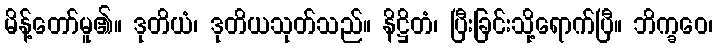
မိန့်တော်မူ၏။ ဒုတိယံ၊ ဒုတိယသုတ်သည်။ နိဋ္ဌိတံ၊ ပြီးခြင်းသို့ရောက်ပြီ။ ဘိက္ခဝေ၊